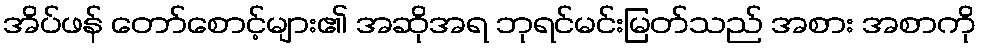
အိပ်ဖန် တော်စောင့်များ၏ အဆိုအရ ဘုရင်မင်းမြတ်သည် အစား အစာကို